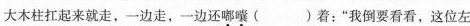
大木柱扛起来就走，一边走，一边还嘟囔（）着：”我倒要看看。这位左